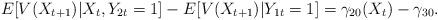
LaTeX: \begin{align*}E[V(X_{t+1})|X_{t},Y_{2t}=1]-E[V(X_{t+1})|Y_{1t}=1]=\gamma_{20}(X_{t})-\gamma_{30}. \end{align*}